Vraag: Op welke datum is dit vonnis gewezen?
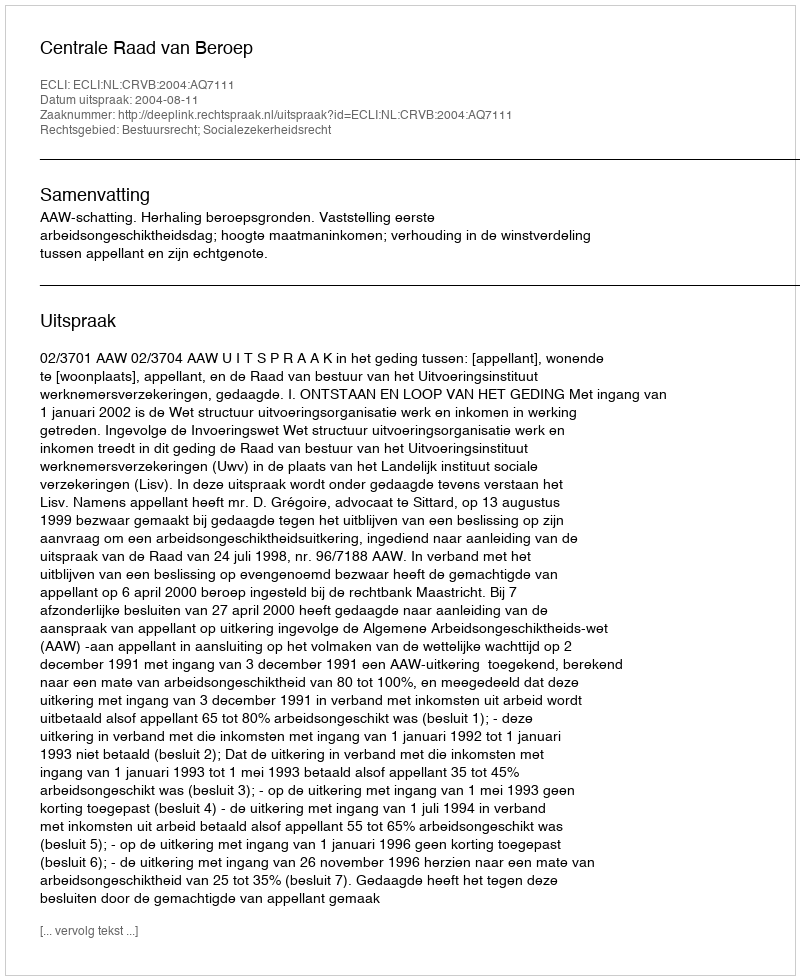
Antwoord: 2004-08-11